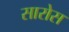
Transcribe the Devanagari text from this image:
सारोस